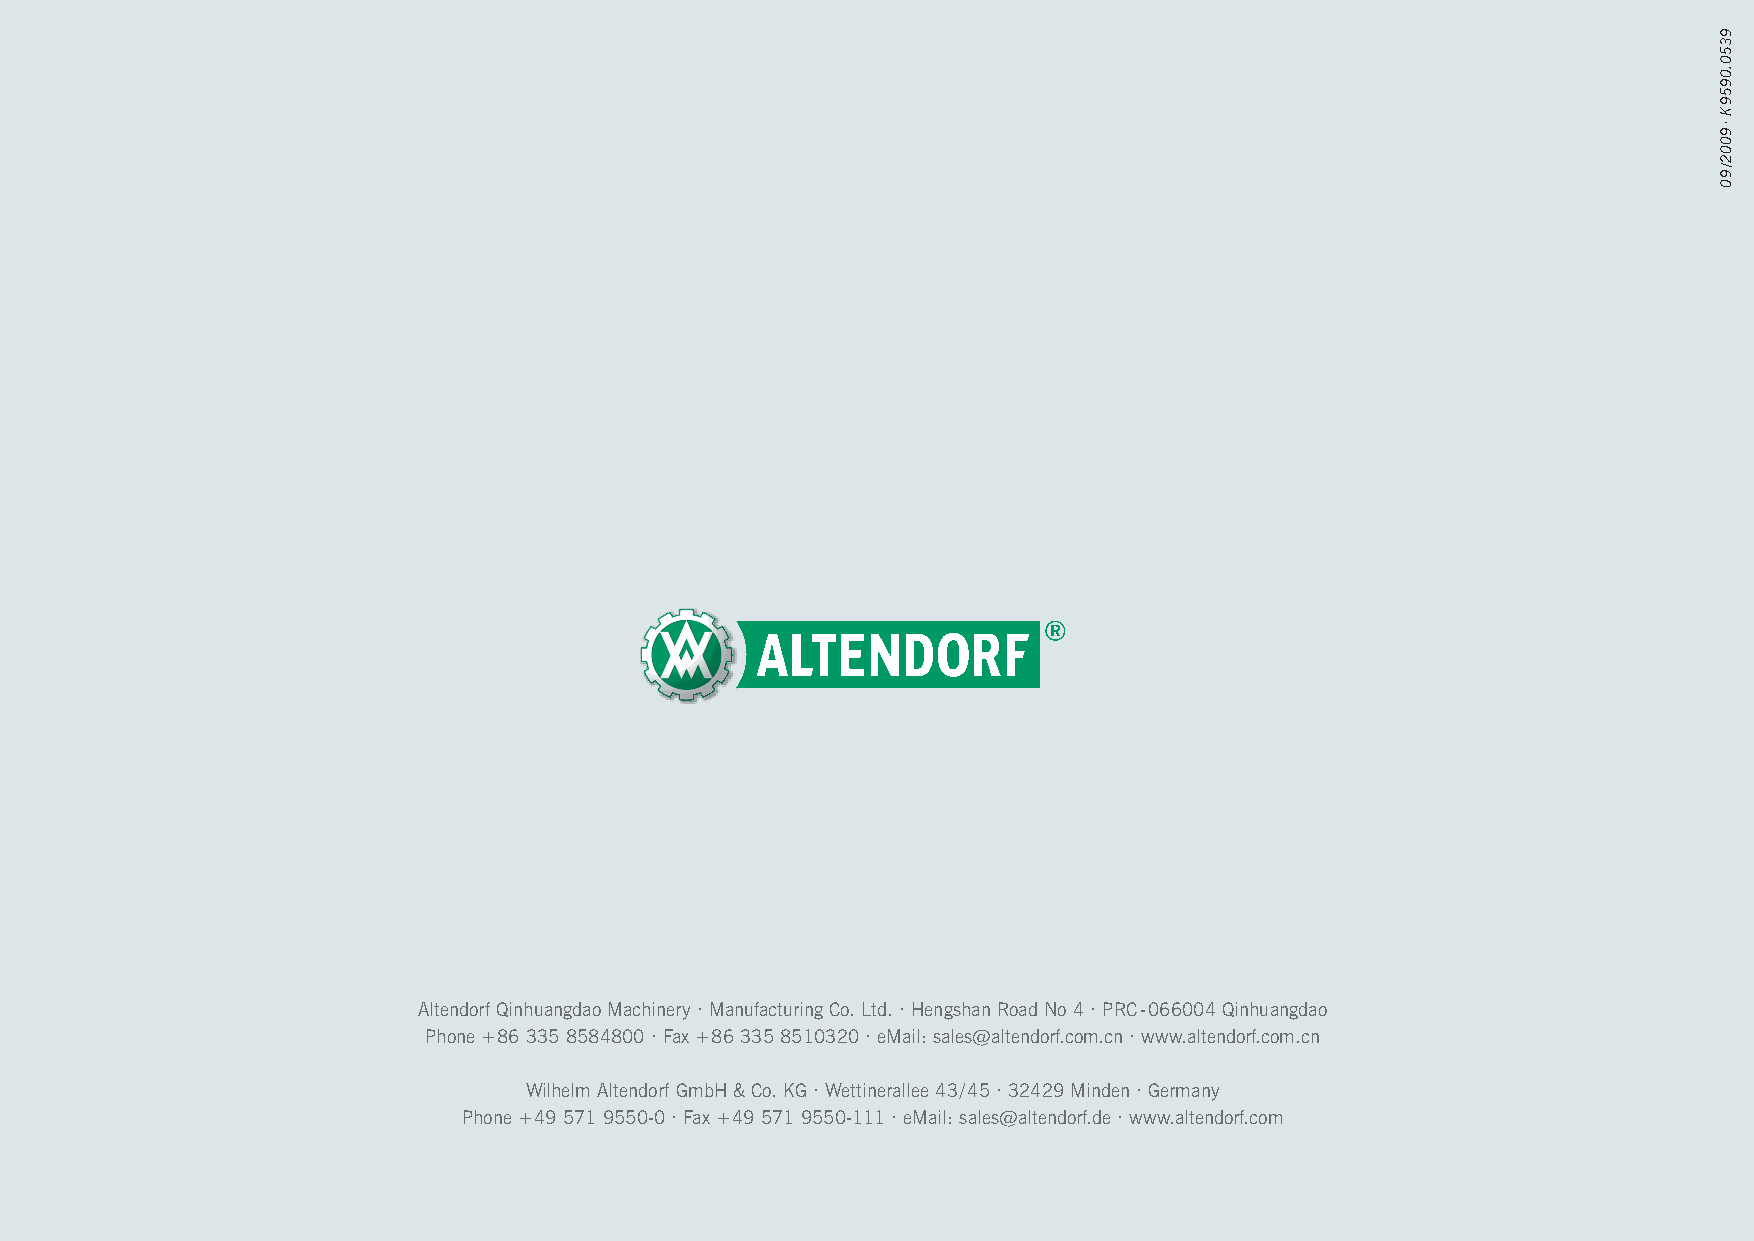
Altendorf Qinhuangdao Machinery · Manufacturing Co. Ltd. · Hengshan Road No 4 · PRC - 066004 Qinhuangdao
 Phone +86 335 8584800 · Fax +86 335 8510320 · eMail: sales@altendorf.com.cn · www.altendorf.com.cn
 Wilhelm Altendorf GmbH & Co. KG · Wettinerallee 43/45 · 32429 Minden · Germany
 Phone +49 571 9550-0 · Fax +49 571 9550-111 · eMail: sales@altendorf.de · www.altendorf.com
 9350.0959
 K
 ·9002/90